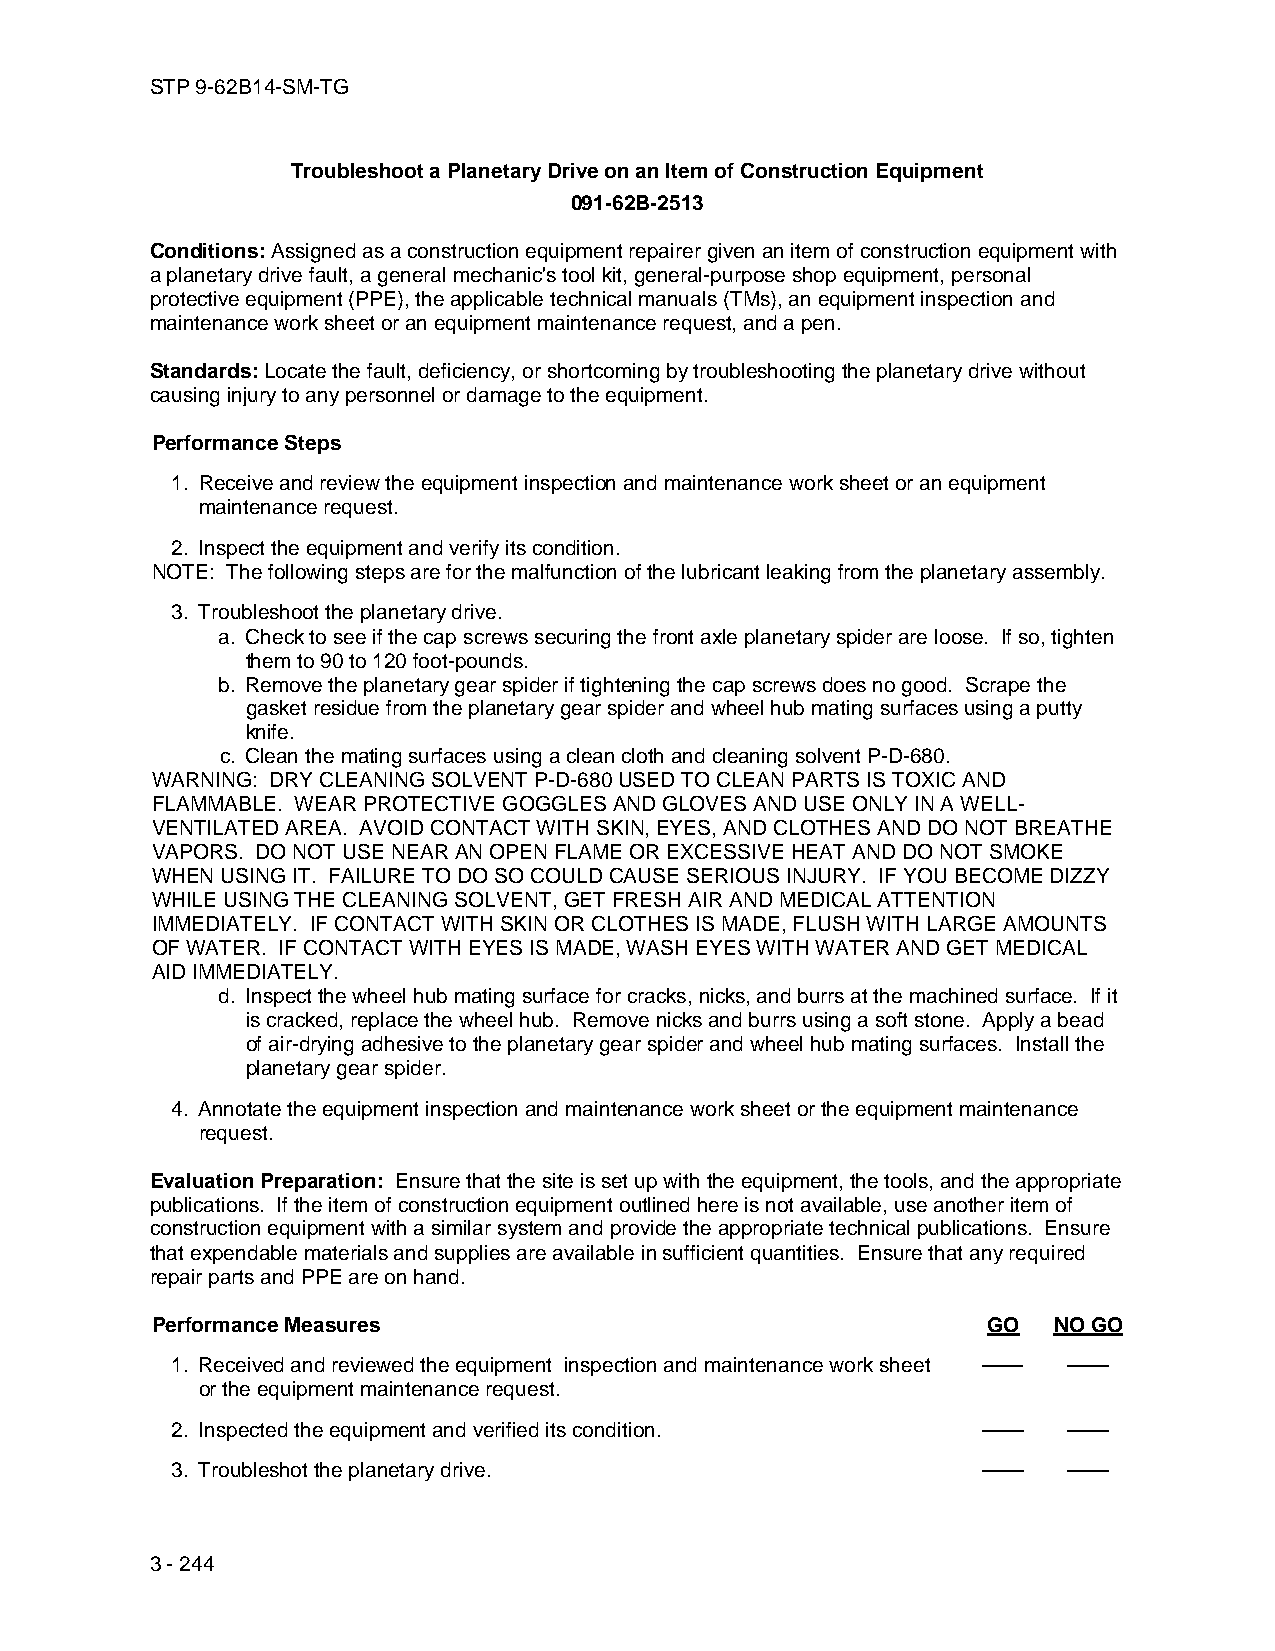
STP 9-62B14-SM-TG
 Troubleshoot a Planetary Drive on an Item of Construction Equipment
 091-62B-2513
 Conditions: Assigned as a construction equipment repairer given an item of construction equipment with
 a planetary drive fault, a general mechanic's tool kit, general-purpose shop equipment, personal
 protective equipment (PPE), the applicable technical manuals (TMs), an equipment inspection and
 maintenance work sheet or an equipment maintenance request, and a pen.
 Standards: Locate the fault, deficiency, or shortcoming by troubleshooting the planetary drive without
 causing injury to any personnel or damage to the equipment.
 Performance Steps
 1. Receive and review the equipment inspection and maintenance work sheet or an equipment
 maintenance request.
 2. Inspect the equipment and verify its condition.
 NOTE: The following steps are for the malfunction of the lubricant leaking from the planetary assembly.
 3. Troubleshoot the planetary drive.
 a. Check to see if the cap screws securing the front axle planetary spider are loose. If so, tighten
 them to 90 to 120 foot-pounds.
 b. Remove the planetary gear spider if tightening the cap screws does no good. Scrape the
 gasket residue from the planetary gear spider and wheel hub mating surfaces using a putty
 knife.
 c. Clean the mating surfaces using a clean cloth and cleaning solvent P-D-680.
 WARNING: DRY CLEANING SOLVENT P-D-680 USED TO CLEAN PARTS IS TOXIC AND
 FLAMMABLE. WEAR PROTECTIVE GOGGLES AND GLOVES AND USE ONLY IN A WELL-
 VENTILATED AREA. AVOID CONTACT WITH SKIN, EYES, AND CLOTHES AND DO NOT BREATHE
 VAPORS. DO NOT USE NEAR AN OPEN FLAME OR EXCESSIVE HEAT AND DO NOT SMOKE
 WHEN USING IT. FAILURE TO DO SO COULD CAUSE SERIOUS INJURY. IF YOU BECOME DIZZY
 WHILE USING THE CLEANING SOLVENT, GET FRESH AIR AND MEDICAL ATTENTION
 IMMEDIATELY. IF CONTACT WITH SKIN OR CLOTHES IS MADE, FLUSH WITH LARGE AMOUNTS
 OF WATER. IF CONTACT WITH EYES IS MADE, WASH EYES WITH WATER AND GET MEDICAL
 AID IMMEDIATELY.
 d. Inspect the wheel hub mating surface for cracks, nicks, and burrs at the machined surface. If it
 is cracked, replace the wheel hub. Remove nicks and burrs using a soft stone. Apply a bead
 of air-drying adhesive to the planetary gear spider and wheel hub mating surfaces. Install the
 planetary gear spider.
 4. Annotate the equipment inspection and maintenance work sheet or the equipment maintenance
 request.
 Evaluation Preparation: Ensure that the site is set up with the equipment, the tools, and the appropriate
 publications. If the item of construction equipment outlined here is not available, use another item of
 construction equipment with a similar system and provide the appropriate technical publications. Ensure
 that expendable materials and supplies are available in sufficient quantities. Ensure that any required
 repair parts and PPE are on hand.
 Performance Measures                                   GO   NO GO
 1. Received and reviewed the equipment inspection and maintenance work sheet —— ——
 or the equipment maintenance request.
 2. Inspected the equipment and verified its condition. ——   ——
 3. Troubleshot the planetary drive.                   ——    ——
 3 - 244